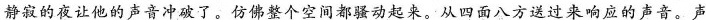
”静寂的夜让他的声音冲破了。仿佛整个空间都骚动起来。从四面八方送过来响应的声音。声